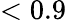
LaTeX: <0.9